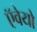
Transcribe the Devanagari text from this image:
ऍवेयो